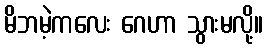
မိဘမဲ့ကလေး ဂေဟာ သွားမလို့။